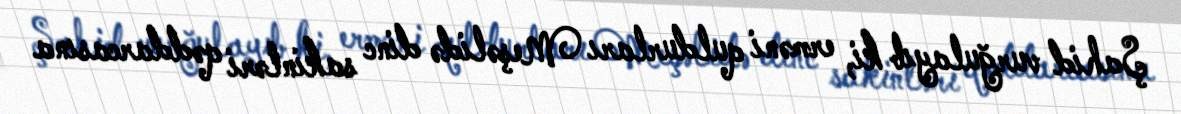
Şahid vurğulayıb ki, erməni quldurları Meşəlidə dinc sakinləri qəddarcasına